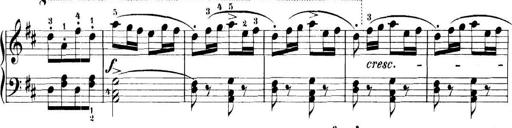
Title: 11 Sonatinas
Composer: Anton Diabelli